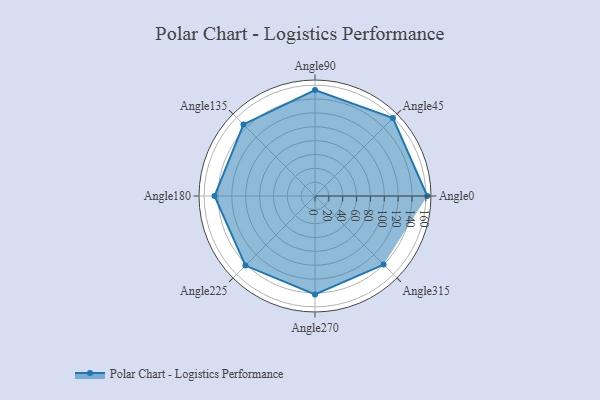
{"axis": {"x": "Angle", "y": "Radius"}, "legend": [""], "data": [{"x": "Angle0", "y": 162.0, "type": ""}, {"x": "Angle45", "y": 159.0, "type": ""}, {"x": "Angle90", "y": 153.0, "type": ""}, {"x": "Angle135", "y": 146.0, "type": ""}, {"x": "Angle180", "y": 145.0, "type": ""}, {"x": "Angle225", "y": 142.0, "type": ""}, {"x": "Angle270", "y": 142.0, "type": ""}, {"x": "Angle315", "y": 140.0, "type": ""}]}